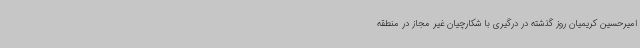
امیرحسین کریمیان روز گذشته در درگیری با شکارچیان غیر مجاز در منطقه